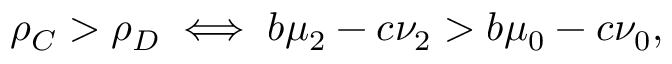
\rho _ { C } > \rho _ { D } \iff b \mu _ { 2 } - c \nu _ { 2 } > b \mu _ { 0 } - c \nu _ { 0 } ,